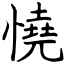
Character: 憢